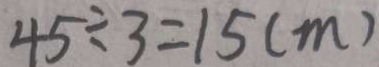
4 5 \div 3 = 1 5 ( m )